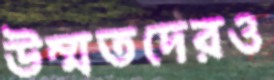
উম্মতদেরও